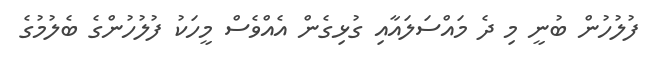
ފުލުހުން ބުނީ މި ދެ މައްސަލައާއި ގުޅިގެން އެއްވެސް މީހަކު ފުލުހުންގެ ބެލުމުގެ